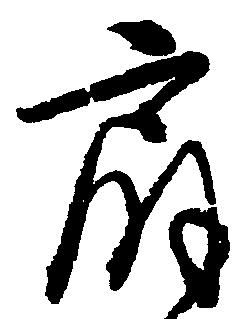
扇